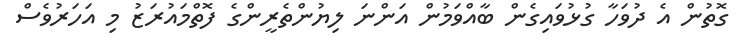
ގޮތުން އެ ދުވަހާ ގުޅުވައިގެން ބާއްވަމުން އަންނަ ލިޔުންތެރީންގެ ފޮތްމައުރަޒު މި އަހަރުވެސް